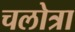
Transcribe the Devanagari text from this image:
चलोत्रा